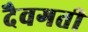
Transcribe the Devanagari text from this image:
दैवगती